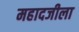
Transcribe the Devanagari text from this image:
महादजीला